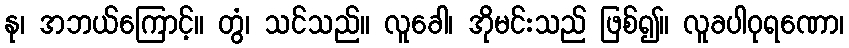
နု၊ အဘယ်ကြောင့်။ တွံ၊ သင်သည်။ လူခေါ၊ အိုမင်းသည် ဖြစ်၍။ လူခပါဝုရဏော၊